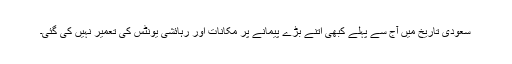
سعودی تاریخ میں آج سے پہلے کبھی اتنے بڑے پیمانے پر مکانات اور رہائشی یونٹس کی تعمیر نہیں کی گئی۔